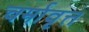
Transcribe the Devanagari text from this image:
चर्मावृत्त